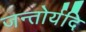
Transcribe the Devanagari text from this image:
जन्तोर्यदि